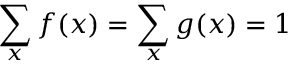
\sum _ { x } f ( x ) = \sum _ { x } g ( x ) = 1